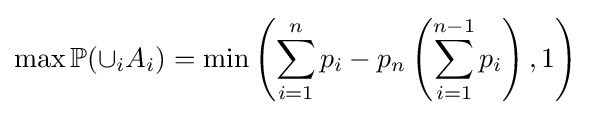
\max \mathbb {P} (\displaystyle {\cup }_{i}A_{i})=\displaystyle \min \left(\sum _{i=1}^{n}p_{i}-p_{n}\left(\sum _{i=1}^{n-1}p_{i}\right),1\right)